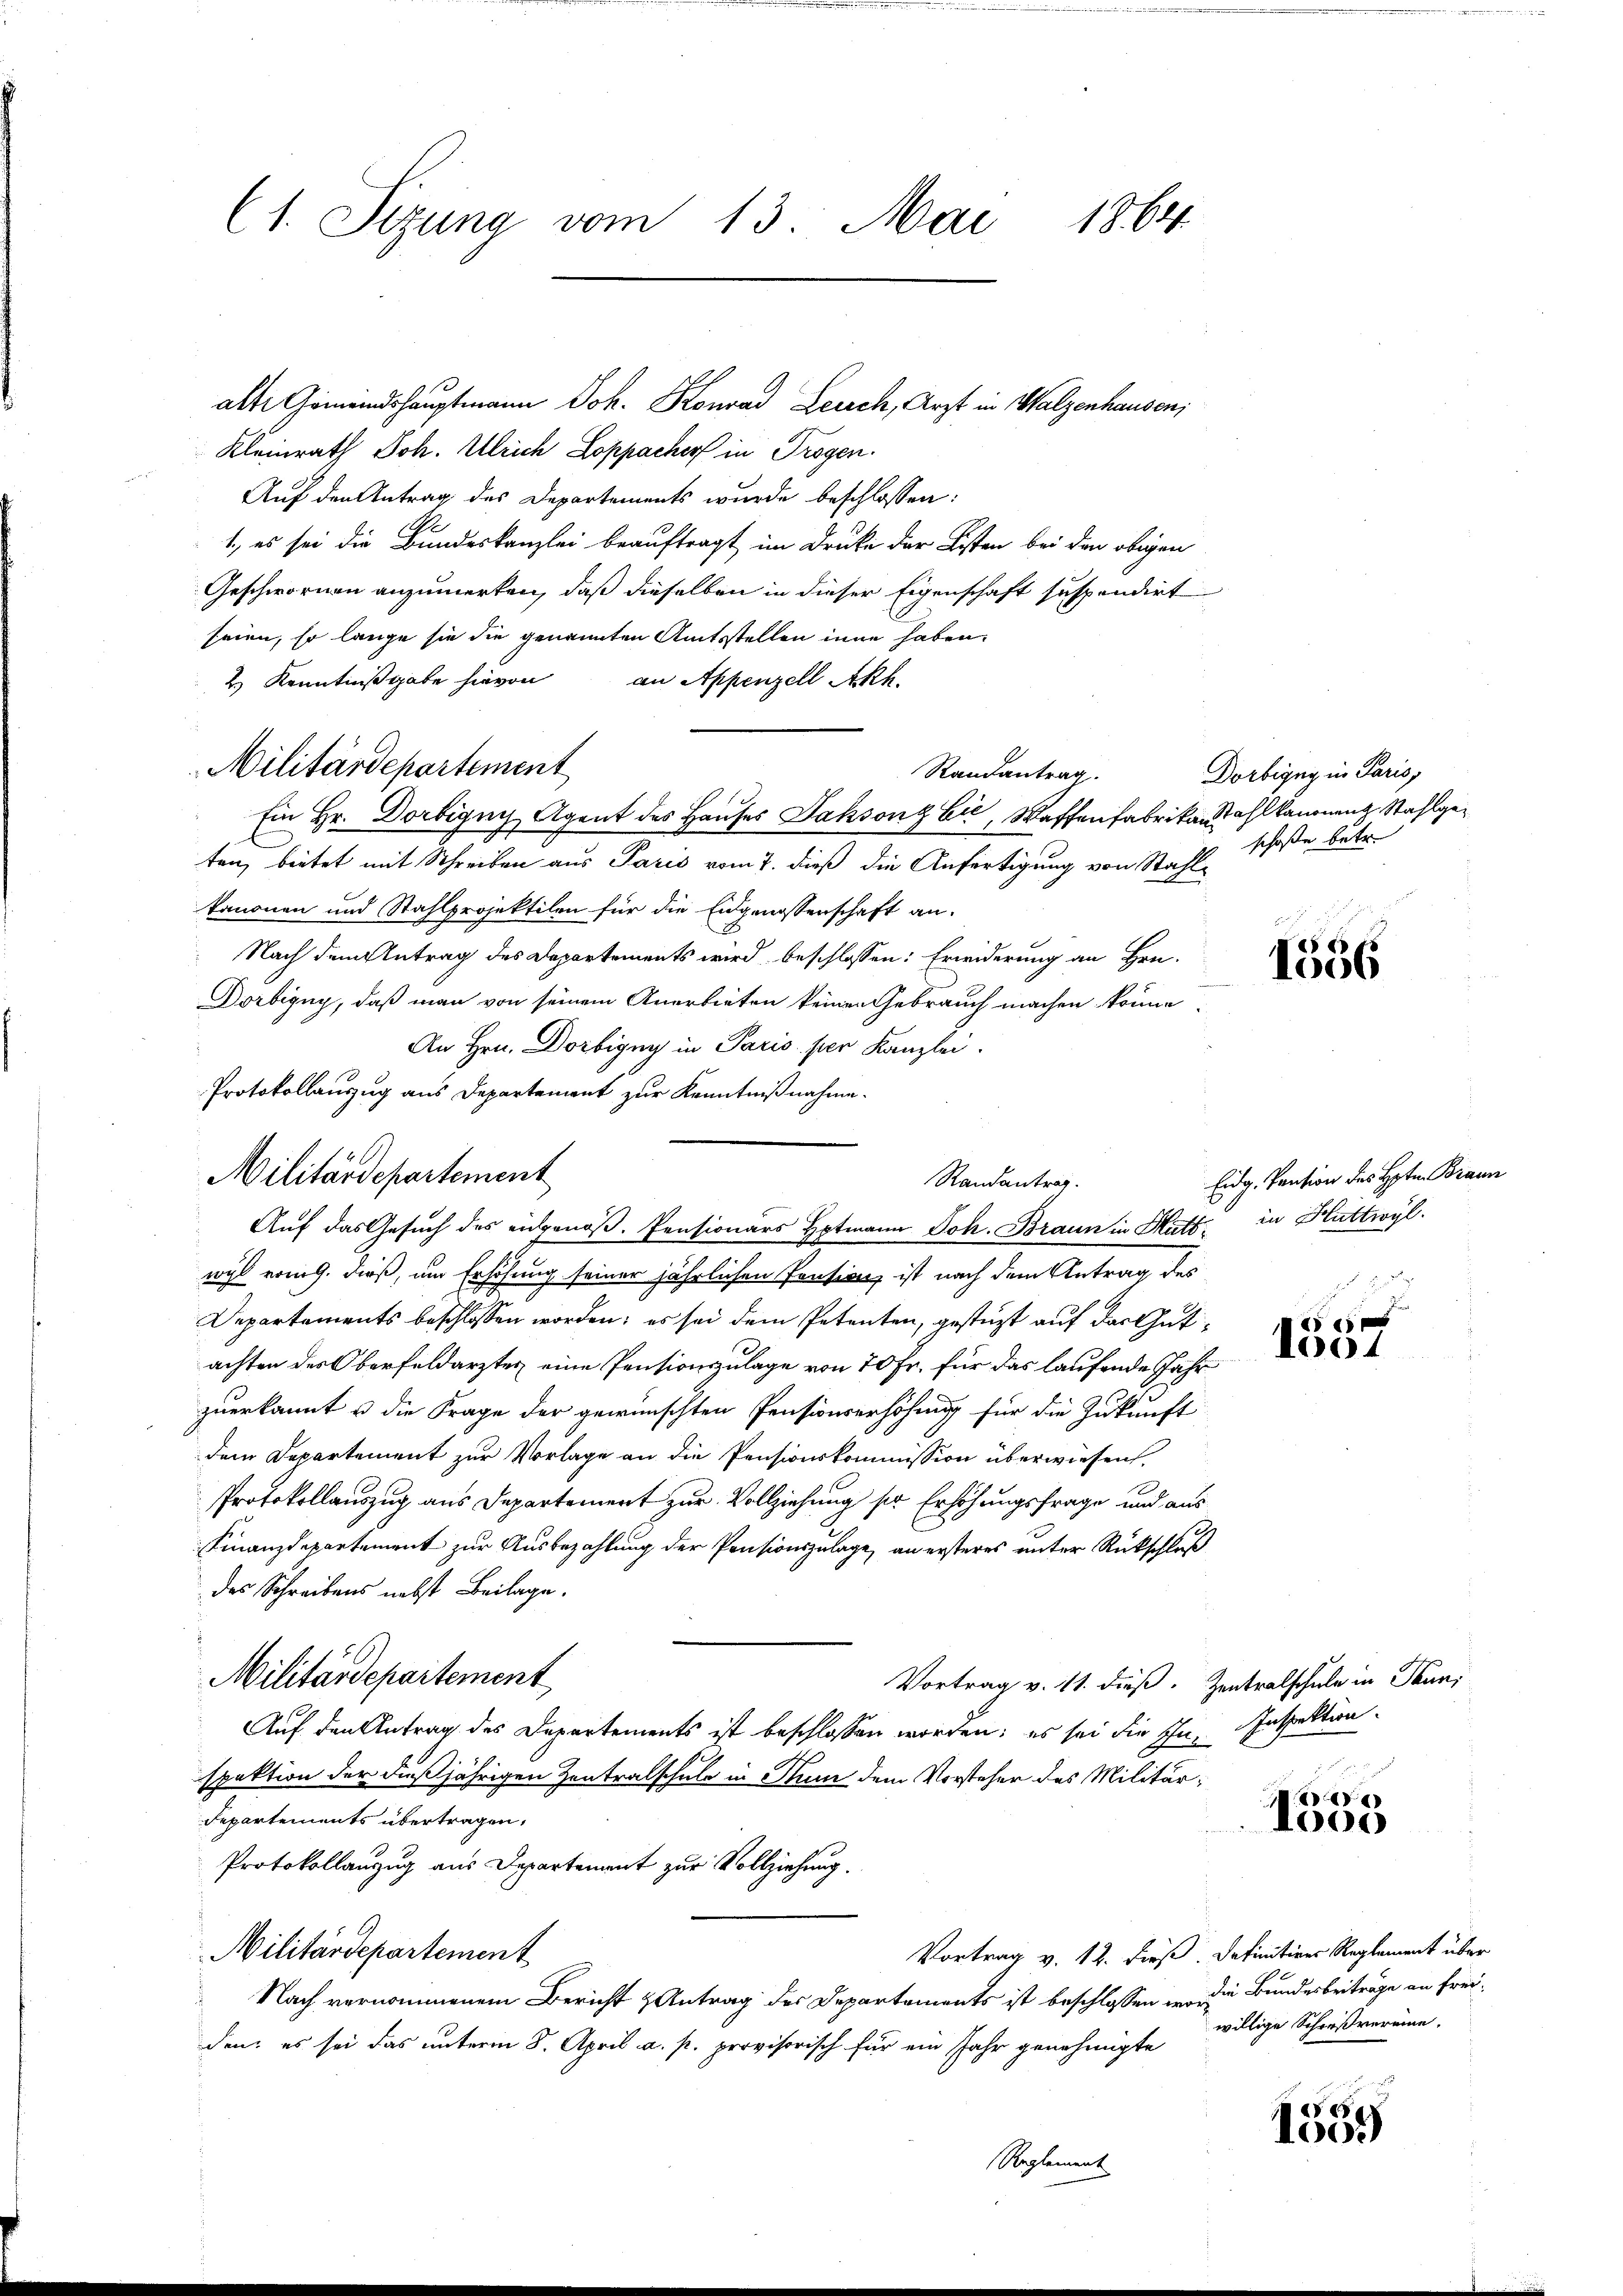
(1. Sizung vom 13. Mai 1864

alte Gemeindshauptmann Joh. Konrad Lerach, Arzt in Walzenhausen,
Kleinrath Joh. Ulrich Loppacher in Trogen.
Auf den Antrag des Departements wurde beschlossen:
1., es sei die Bundeskanzlei beauftragt im Druke der Kisten bei den obigen
Geschwornen anzumerken, daß dieselben in dieser Eigenschaft suspendirt
seien, so lange sie die genannten Amtsstellen inne haben.
2) Kenntnißgabe hievon an Appenzell Akh.
Randantrag.
ten, bietet mit Schreiben aus Paris vom 7. dieß die Anfertigung von Stahlkanonen und Stahlprojektilen für die Eidgenossenschaft an.
Nach dem Antrag des Departements wird beschlossen: Erwiderung an Hrn.
Dorbigny, daß man von seinem Anerbieten keinen Gebrauch machen könne,
An Hrn. Dortigny in Paris per Kanzlei.
Protokollauszug aus Departement zur Kenntnißnahme.
Militärdepartement
wyl vom 9. dieß, um Erhöhung seiner jährlichen Pension, ist nach dem Antrag des
Departements beschlossen worden; es sei dem Petenten, gestüzt auf das Gutachten des Oberfeldarztes eine Pensionszulage von 70 Fr. für das laufende Jahr
zuerkannt u die Frage der gewünschten Pensionserhöhung für die Zukunft
dem Departement zur Vorlage an die Pensionskommission überwiesen,
Protokollauszug aus Departement zur Vollziehung ser Erhöhungsfrage und aus
Finanzdepartement zur Ausbezahlung der Pensionszulage, an ersteres unter Rückschluß
des Schreibens nebst Beilage.
Militärdepartement
Vortrag v. 11. dieß. Zentralschule in Pauni
Auf den Antrag des Departements ist beschlossen worden; es sei die Ihn, Inspektion.
spektion der dießjährigen Zentralschule in Rum dem Vorsteher des Militär¬
Departements übertragen,
Protokollanzug aus Departement zur Vollziehung.
Militärdepartement
Vortrag v. 12. dieß. Definitives Reglement über
Nach vernommenem Bericht & Antrag des Departements ist beschlossen in die Bundesbeiträge an freiden; es sei das unterm 8. April a. p. provisorisch für ein Jahr genehmigte willige Schreißvereine.
Reglement

Militärdepartement
Ein Hr. Dortigny Agent des Hauses Jaksonz Eić, Waffenfabrikan Wahl kanonen Stahlge¬

Randantrag.
Auf das Gesuch des eidgenöß. Pensionars Hotmann Joh. Braun in Hatt. in Huttwyl

Dorbigny in Paris,
schoße betr.

1556

Eidg. Pension des Hrn. Braun

1004

e
A01)

1559